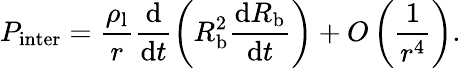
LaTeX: P_{\mathrm{inter}}=\frac{\rho_{\mathrm{l}}}{r}\frac{\mathrm{d}}{\mathrm{d}t}\left(R_{\mathrm{b}}^{2}\frac{\mathrm dR_{\mathrm{b}}}{\mathrm dt}\right)+O\left(\frac{1}{r^{4}}\right).